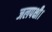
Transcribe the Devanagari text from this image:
जलपक्षी।